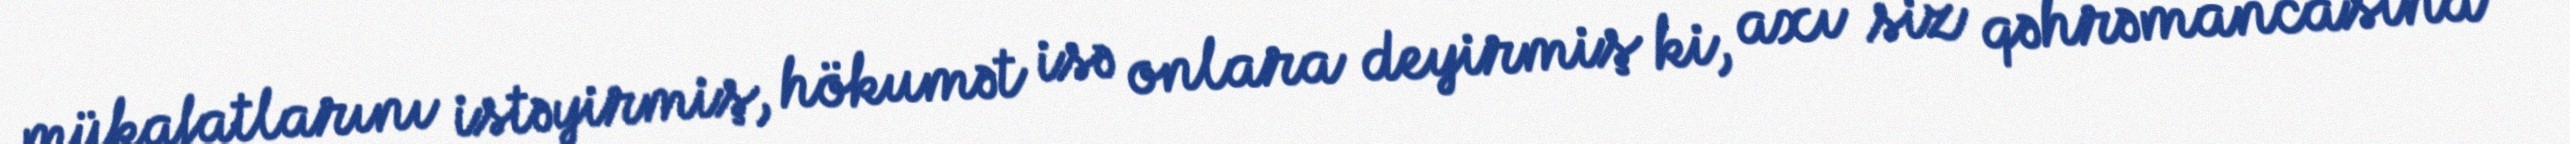
mükafatlarını istəyirmiş, hökumət isə onlara deyirmiş ki, axı siz qəhrəmancasına